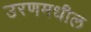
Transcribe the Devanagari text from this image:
उरणमधील